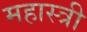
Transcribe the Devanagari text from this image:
महास्त्री